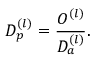
D _ { p } ^ { ( l ) } = { \frac { O ^ { ( l ) } } { D _ { a } ^ { ( l ) } } } .